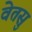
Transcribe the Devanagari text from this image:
वेतसु